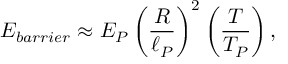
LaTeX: E _ { b a r r i e r } \approx E _ { P } \left( { \frac { R } { \ell _ { P } } } \right) ^ { 2 } \left( { \frac { T } { T _ { P } } } \right) ,